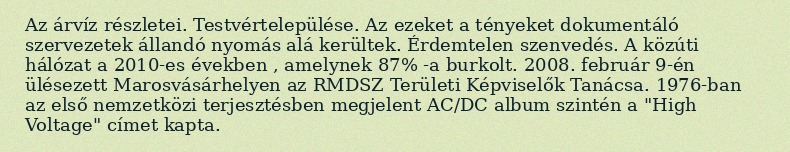
Az árvíz részletei. Testvértelepülése. Az ezeket a tényeket dokumentáló szervezetek állandó nyomás alá kerültek. Érdemtelen szenvedés. A közúti hálózat a 2010-es években , amelynek 87% -a burkolt. 2008. február 9-én ülésezett Marosvásárhelyen az RMDSZ Területi Képviselők Tanácsa. 1976-ban az első nemzetközi terjesztésben megjelent AC/DC album szintén a "High Voltage" címet kapta.